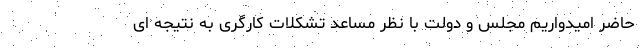
حاضر امیدواریم مجلس و دولت با نظر مساعد تشکلات کارگری به نتیجه ای